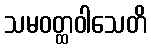
သမဝတ္ထဝါသေတိ